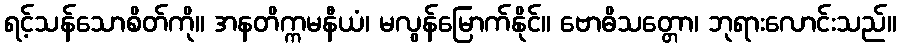
ရင့်သန်သောစိတ်ကို။ အနတိက္ကမနီယံ၊ မလွန်မြောက်နိုင်။ ဗောဓိသတ္တော၊ ဘုရားလောင်းသည်။